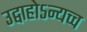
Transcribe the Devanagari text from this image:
उद्वाहोऽन्यच्च